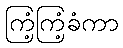
ကြံ့ကြံ့ခံကာ